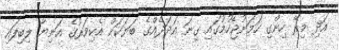
އަދި މިރޭ ހިންގި ހަމަނުޖެހުމުގައި ގިނަ އަދަދެއްގެ ބަޔަކަށް އެކިވަރުގެ އަނިޔާ ލިބިފައި